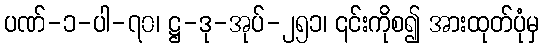
ပဏ်-၁-ပါ-၇၀၊ ဋ္ဌ-ဒု-အုပ်-၂၅၁၊ ၎င်းကိုစ၍ အားထုတ်ပုံမှ